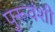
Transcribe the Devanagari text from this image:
पुरूवंशी